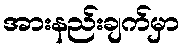
အားနည်းချက်မှာ